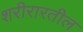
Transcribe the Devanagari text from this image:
शरीरारतील